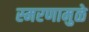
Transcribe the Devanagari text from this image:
स्‍मरणामुळे